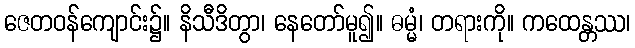
ဇေတဝန်ကျောင်း၌။ နိသီဒိတွာ၊ နေတော်မူ၍။ ဓမ္မံ၊ တရားကို။ ကထေန္တဿ၊